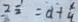
2 \frac { 1 } { 2 } = d + \frac { x } { 4 }